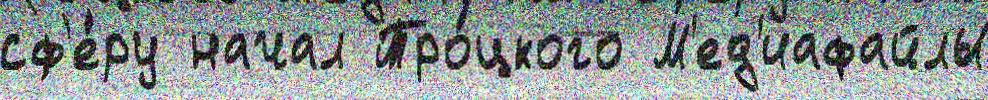
сф'е́ру начал Тро́цкого М'ед'иафайлы